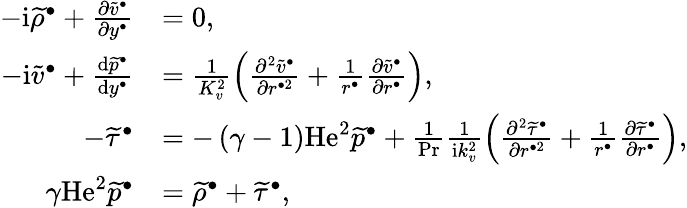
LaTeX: \begin{array}{rl}{-\mathrm{i}\widetilde{\rho}^{\bullet}+\frac{\partial\widetilde{v}^{\bullet}}{\partial y^{\bullet}}}&{=0,}\\ {-\mathrm{i}\widetilde{v}^{\bullet}+\frac{\mathrm{d}\widetilde{p}^{\bullet}}{\mathrm{d}y^{\bullet}}}&{=\frac{1}{K_{v}^{2}}\left(\frac{\partial^{2}\widetilde{v}^{\bullet}}{\partial r^{\bullet 2}}+\frac{1}{r^{\bullet}}\frac{\partial\widetilde{v}^{\bullet}}{\partial r^{\bullet}}\right),}\\ {-\widetilde{\tau}^{\bullet}}&{=-\left(\gamma-1\right)\mathrm{He}^{2}\widetilde{p}^{\bullet}+\frac{1}{\mathrm{Pr}}\frac{1}{\mathrm{i}k_{v}^{2}}\left(\frac{\partial^{2}\widetilde{\tau}^{\bullet}}{\partial r^{\bullet 2}}+\frac{1}{r^{\bullet}}\frac{\partial\widetilde{\tau}^{\bullet}}{\partial r^{\bullet}}\right),}\\ {\gamma\mathrm{He}^{2}\widetilde{p}^{\bullet}}&{=\widetilde{\rho}^{\bullet}+\widetilde{\tau}^{\bullet},}\end{array}